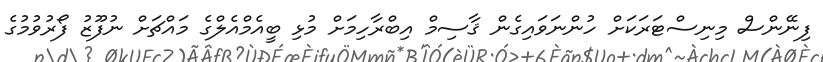
ފިނޭންސް މިނިސްޓަރަކަށް ހުންނަވައިގެން ޤާސިމް އިބްރާހިމަށް މުޅި ބީއެމްއެލްގެ މައްޗަށް ނުފޫޒު ފޯރުވުމުގެ